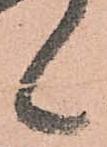
候